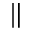
\parallel